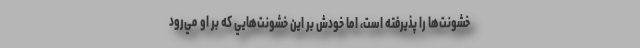
خشونت‌ها را پذيرفته است، اما خودش بر اين خشونت‌هايي كه بر او مي‌رود